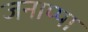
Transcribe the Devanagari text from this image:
जनाप्पा